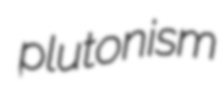
plutonism